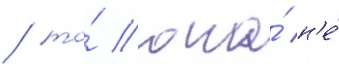
/ то́ она́ н'е́